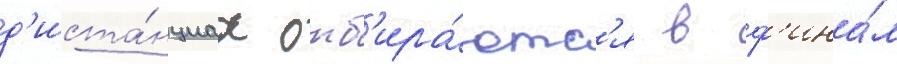
д'иста́нциах отб'ира́ютс'я в ф'ина́л